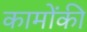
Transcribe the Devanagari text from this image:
कामोंकी